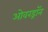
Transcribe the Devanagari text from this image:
ओवरड्रॉन